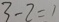
3 - 2 = 1